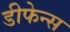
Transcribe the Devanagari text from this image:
डीफेन्स